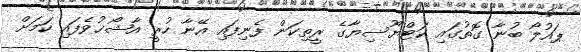
ޕައުލޯ ބުނާ ގޮތުގައި ކަޓްޔޫސިޔާގެ ރީތިކަން ފެނިފައި އޭނާ ހުރީ އާޝޯޚުވެފައި ކަމަށް